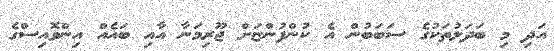
އަދި މި ބަދަލުތަކުގެ ސަބަބުން އެ ކުންފުންޏަށް ޖޫރިމަނާ އާއި ބައެއް އިންވޮއިސްގެ